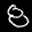
Label: 8